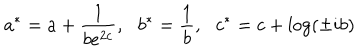
a ^ { * } = a + \frac { 1 } { b e ^ { 2 c } } , \: \: \: b ^ { * } = \frac { 1 } { b } , \: \: \: c ^ { * } = c + \log \left( \pm i b \right)